Bombay plague: being a history of the progress of plague in the Bombay presidency from September 1896 to June 1899
Year: 1896
Disease focus: Plague
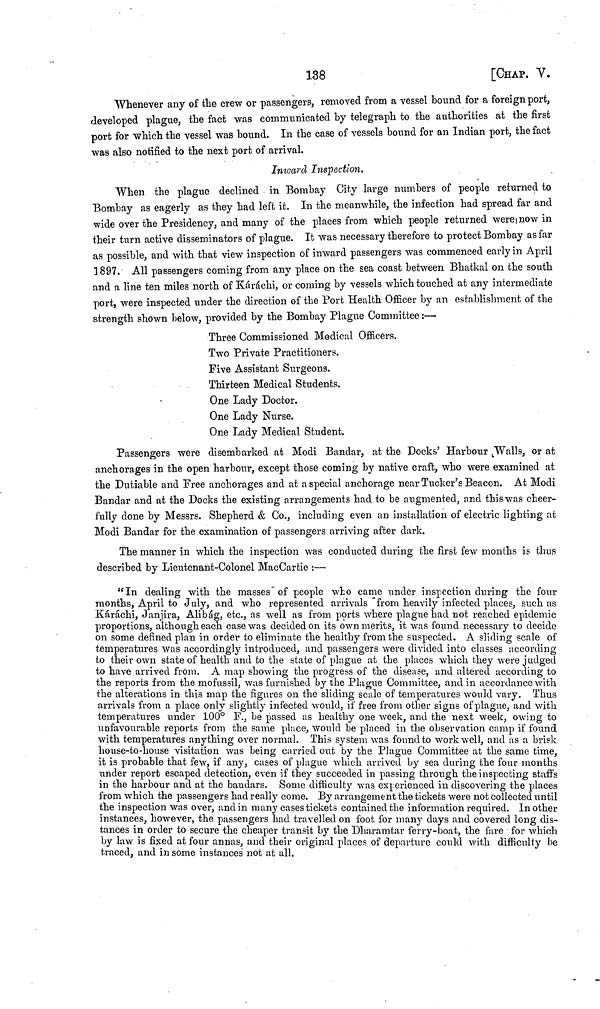
138
[CHAP. V.
Whenever any of the crew or passengers, removed from a vessel bound for a foreign port,
developed plague, the fact was communicated by telegraph to the authorities at the first
port for which the vessel was bound. In the case of vessels bound for an Indian port, the fact
was also notified to the next port of arrival.
Inward Inspection.
When the plague declined in Bombay City large numbers of people returned to
Bombay as eagerly as they had left it. In the meanwhile, the infection had spread far and
wide over the Presidency, and many of the places from which people returned were now in
their turn active disseminators of plague. It was necessary therefore to protect Bombay as far
as possible, and with that view inspection of inward passengers was commenced early in April
1897. All passengers coming from any place on the sea coast between Bhatkal on the south
and a line ten miles north of Karachi, or coining by vessels which touched at any intermediate
port, were inspected under the direction of the Port Health Officer by an establishment of the
strength shown below, provided by the Bombay Plague Committee :—
Three Commissioned Medical Officers.
Two Private Practitioners.
Five Assistant Surgeons.
Thirteen Medical Students.
One Lady Doctor.
One Lady Nurse.
One Lady Medical Student.
Passengers were disembarked at Modi Bandar, at the Docks' Harbour Walls, or at
anchorages in the open harbour, except those coming by native craft, who were examined at
the Dutiable and Free anchorages and at a special anchorage near Tucker's Beacon. At Modi
Bandar and at the Docks the existing arrangements had to be augmented, and this was cheer-
fully done by Messrs. Shepherd & Co., including even an installation of electric lighting at
Modi Bandar for the examination of passengers arriving after dark.
The manner in which the inspection was conducted during the first few months is thus
described by Lieutenant-Colonel MacCartie :—
"In dealing with the masses of people who came under inspection during the four
months, April to July, and who represented arrivals from heavily infected places, such as
Karachi, Janjira, Alibág, etc., as well as from ports where plague had not reached epidemic
proportions, although each case was decided on its own merits, it was found necessary to decide
on some defined plan in order to eliminate the healthy from the suspected, A sliding scale of
temperatures was accordingly introduced, and passengers were divided into classes according
to their own state of health and to the state of plague at the places which they were judged
to have arrived from. A map showing the progress of the disease, and altered according to
the reports from the mofussil, was furnished by the Plague Committee, and in accordance with
the alterations in this map the figures on the sliding scale of temperatures would vary. Thus
arrivals from a place only slightly infected would, if free from other signs of plague, and with
temperatures under 100° F., be passed as healthy one week, and the next week, owing to
unfavourable reports from the same place, would be placed in the observation camp if found
with temperatures anything over normal. This system was found to work well, and as a brisk
house-to-house visitation was being carried out by the Plague Committee at the same time,
it is probable that few, if any, cases of plague which arrived by sea during the four months
under report escaped detection, even if they succeeded in passing through the inspecting staff's
in the harbour and at the bandars. Some difficulty was experienced in discovering the places
from which the passengers had really come. By arrangement the tickets were not collected until
the inspection was over, and in many cases tickets contained the information required. In other
instances, however, the passengers Lad travelled on foot for many days and covered long dis-
tances in order to secure the cheaper transit by the Dharamtar ferry-boat, the fare for which
by law is fixed at four annas, and their original places of departure could with difficulty be
traced, and in some instances not at all.